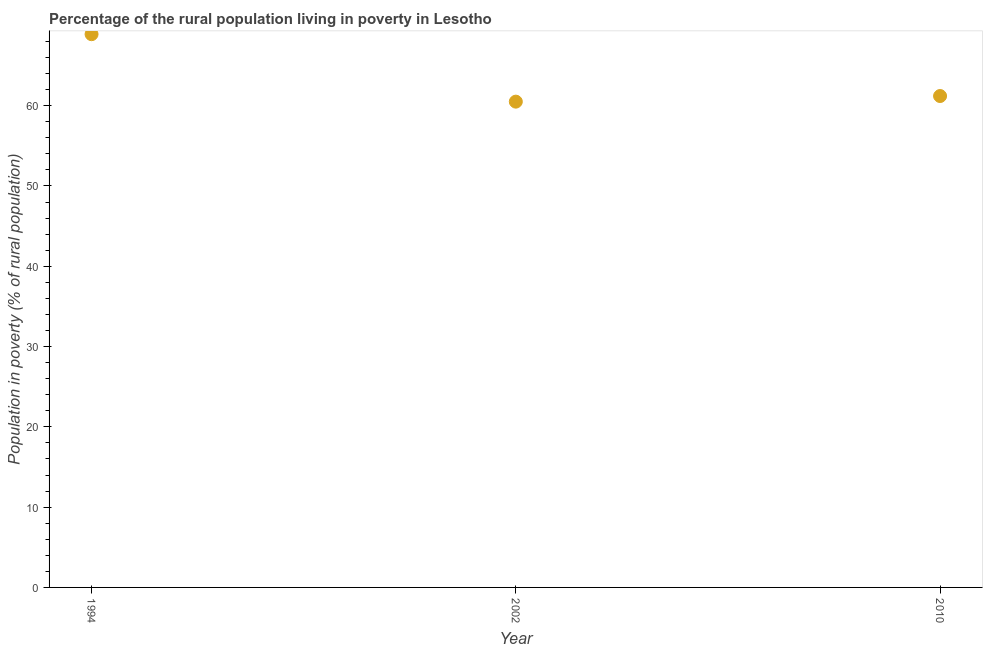
| Year | Rural poverty headcount ratio |
 | --- | --- |
 | 1994 | 68.9 |
 | 2002 | 60.5 |
 | 2010 | 61.2 |